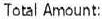
TOTAL AMOUNT: